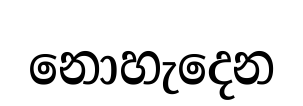
නොහැදෙන